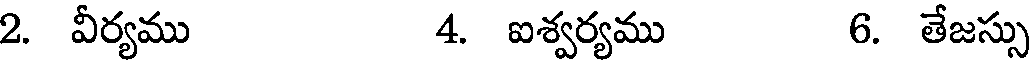
2. వీర్యము 4. ఐశ్వర్యము 6. తేజస్సు